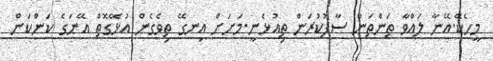
މީހެކޭ.އޭނާ ލައްވާ ތަންތަން ސާފުކުރަން ތިއުޅެނީ.މަށަށް އިނގޭ ތިވެގެން އުޅޭގޮތް އޭނަގެ ކަންކަން